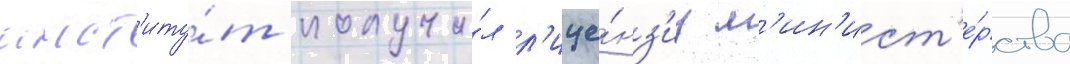
инст'иту́т получи́л л'ице́нз'иу м'ин'ист'е́рства